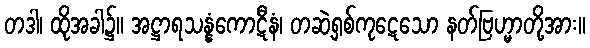
တဒါ၊ ထိုအခါ၌။ အဋ္ဌာရသန္နံကောဋီနံ၊ တဆဲ့ရှစ်ကုဋေသော နတ်ဗြဟ္မာတို့အား။